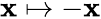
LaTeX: \mathbf{x}\mapsto-\mathbf{x}